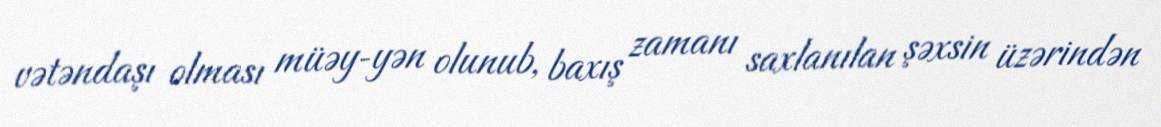
vətəndaşı olması müəy­yən olunub, baxış zamanı saxlanılan şəxsin üzərindən